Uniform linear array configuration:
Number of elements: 4
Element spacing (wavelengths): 0.75
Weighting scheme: hamming
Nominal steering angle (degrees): -30
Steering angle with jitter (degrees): -30.918
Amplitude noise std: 0.05
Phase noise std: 0.05

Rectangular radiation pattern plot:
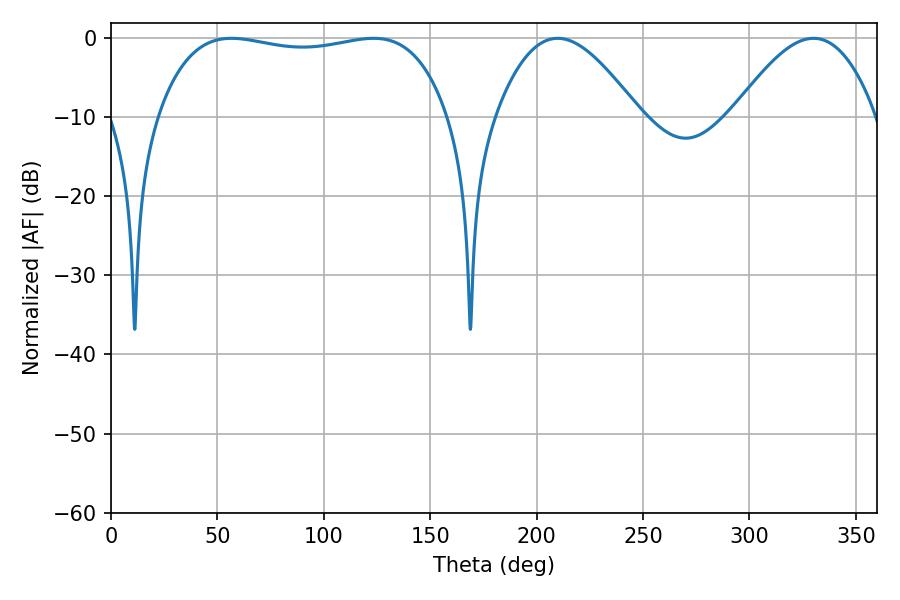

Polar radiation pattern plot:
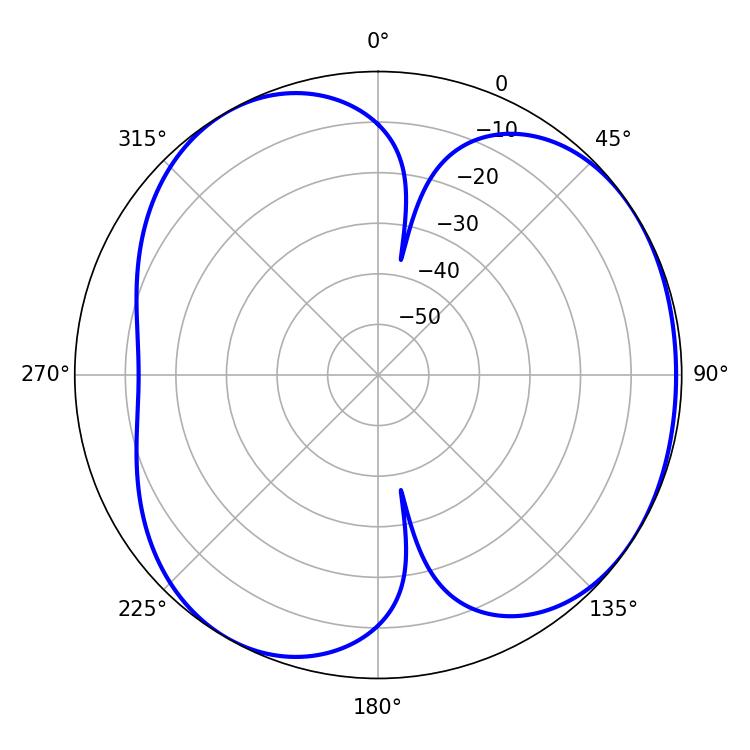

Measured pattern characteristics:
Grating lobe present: TRUE
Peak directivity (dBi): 4.374
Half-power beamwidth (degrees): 36.36
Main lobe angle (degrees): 209.88